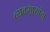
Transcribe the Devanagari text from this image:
व्यवसायांचा